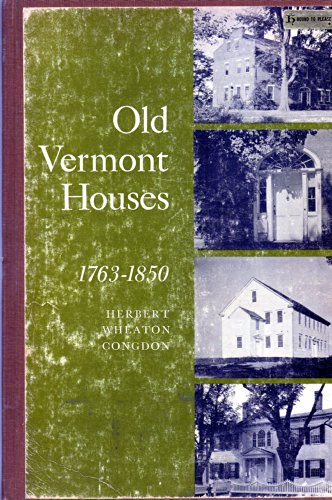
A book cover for Old Vermont houses; Herbert Wheaton Congdon; Travel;